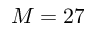
M = 2 7